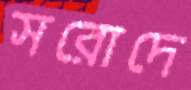
সরোদে